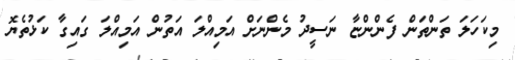
މިކަހަލަ ތަންތަން ފެންންޏާ ނަސީދު މެންނަށް އަމިއްލަ އަތުން އަމިއްލަ ގައިގާ ކަޅުތެޔޮ